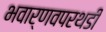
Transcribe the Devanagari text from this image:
भवार्णवपरथडी